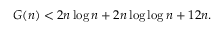
\! G ( n ) < 2 n \log n + 2 n \log \log n + 1 2 n .